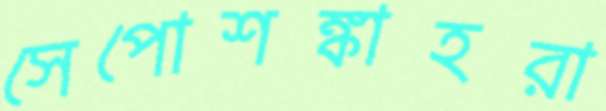
সেপোশঙ্কাহরা